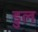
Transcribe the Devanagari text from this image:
डुल